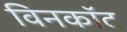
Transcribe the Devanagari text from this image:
विनकॉट